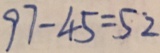
9 7 - 4 5 = 5 2